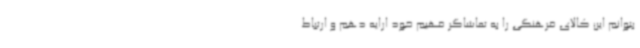
بتوانم این کالای فرهنگی را به تماشاگر فهیم خود ارایه دهم و ارتباط